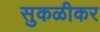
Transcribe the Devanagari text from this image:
सुकळीकर